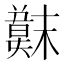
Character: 𫤳